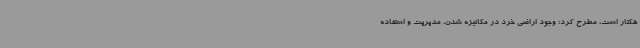
‌هکتار است، مطرح کرد: وجود اراضی خرد در مکانیزه شدن، مدیریت و استفاده